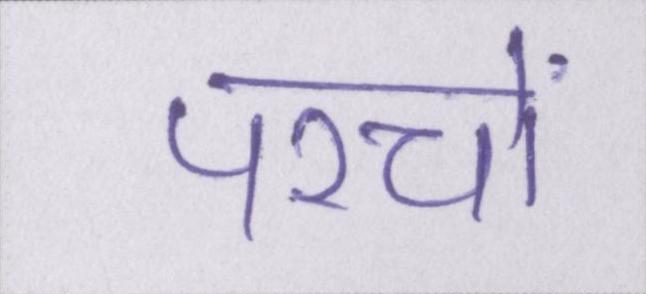
परचों